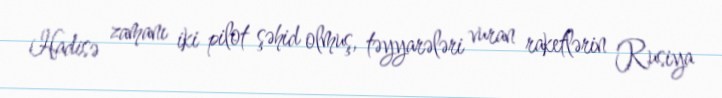
Hadisə zamanı iki pilot şəhid olmuş, təyyarələri vuran raketlərin Rusiya